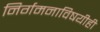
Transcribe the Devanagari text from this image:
निर्गमनाविषयीही